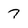
Character: 7